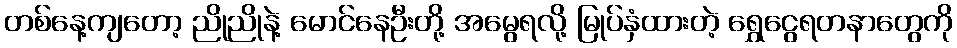
တစ်နေ့ကျတော့ ညိုညိုနဲ့ မောင်နေဦးတို့ အမွေရလို့ မြုပ်နှံထားတဲ့ ရွှေငွေရတနာတွေကို